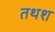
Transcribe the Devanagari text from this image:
तथश